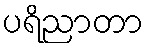
ပရိညာတာ